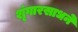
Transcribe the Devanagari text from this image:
शृंगारसाधने